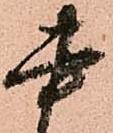
書